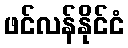
ဖင်လန်နိုင်ငံ